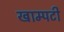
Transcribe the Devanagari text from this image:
खाम्पटी